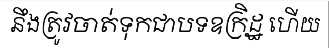
នឹងត្រូវចាត់ទុកជាបទឧក្រិដ្ឋ ហើយ